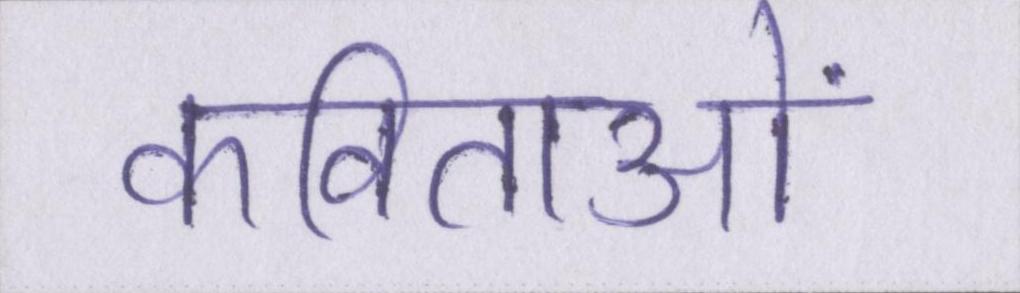
कविताओं